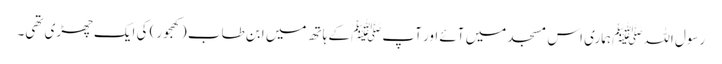
رسول اللہﷺ ہماری اس مسجد میں آئے اور آپﷺ کے ہاتھ میں ابن طاب (کھجور) کی ایک چھڑی تھی۔